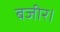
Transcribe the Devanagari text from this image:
बजीर।